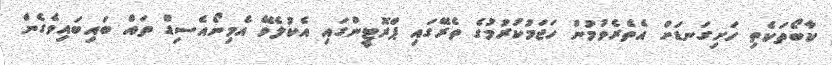
ކާބޯތަކެތި ހަށިގަނޑަށް އެތެރެވުމުން ހަޖަމުކުރުމުގެ ތެރޭގައި ޕްރޮޓީންގައި އެކުލެވޭ އެމިނޯއެސިޑް ތައް ބައިބައިވެގެން